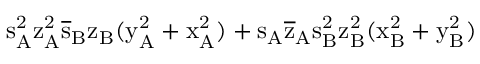
\mathrm { s _ { A } ^ { 2 } \mathrm { z _ { A } ^ { 2 } \mathrm { \overline { { s } } _ { B } \mathrm { z _ { B } ( \mathrm { y _ { A } ^ { 2 } + \mathrm { x _ { A } ^ { 2 } ) + \mathrm { s _ { A } \mathrm { \overline { { z } } _ { A } \mathrm { s _ { B } ^ { 2 } \mathrm { z _ { B } ^ { 2 } ( \mathrm { x _ { B } ^ { 2 } + \mathrm { y _ { B } ^ { 2 } ) } } } } } } } } } } } }